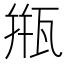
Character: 甁